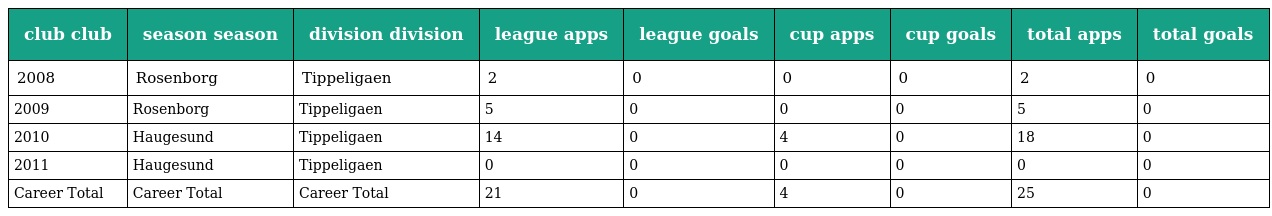
| club club | season season | division division | league apps | league goals | cup apps | cup goals | total apps | total goals |
 | --- | --- | --- | --- | --- | --- | --- | --- | --- |
 | 2008 | Rosenborg | Tippeligaen | 2 | 0 | 0 | 0 | 2 | 0 |
 | 2009 | Rosenborg | Tippeligaen | 5 | 0 | 0 | 0 | 5 | 0 |
 | 2010 | Haugesund | Tippeligaen | 14 | 0 | 4 | 0 | 18 | 0 |
 | 2011 | Haugesund | Tippeligaen | 0 | 0 | 0 | 0 | 0 | 0 |
 | Career Total | Career Total | Career Total | 21 | 0 | 4 | 0 | 25 | 0 |